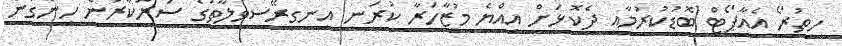
ހީތުރޯ އެއާޕޯޓް ބޮޑުކުރުމާއި ދެކޮޅަށް އިއްޔެ މުޒާހަރާ ކުރަނީ އިނގިރޭސިވިލާތުގެ ސަރުކާރުން ހިންގަން